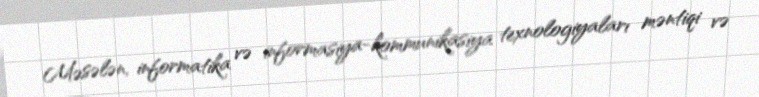
Məsələn, informatika və informasiya-kommunikasiya texnologiyaları məntiqi və